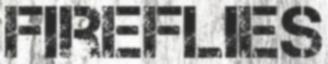
FIREFLIES